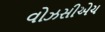
વોઝસીએચ